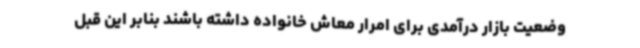
وضعیت بازار درآمدی برای امرار معاش خانواده داشته باشند بنابر این قبل